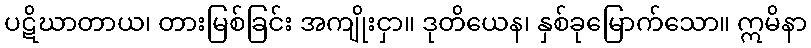
ပဋိဃာတာယ၊ တားမြစ်ခြင်း အကျိုးငှာ။ ဒုတိယေန၊ နှစ်ခုမြောက်သော။ ဣမိနာ